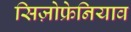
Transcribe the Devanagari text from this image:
सिज़ोफ्रेनियाव